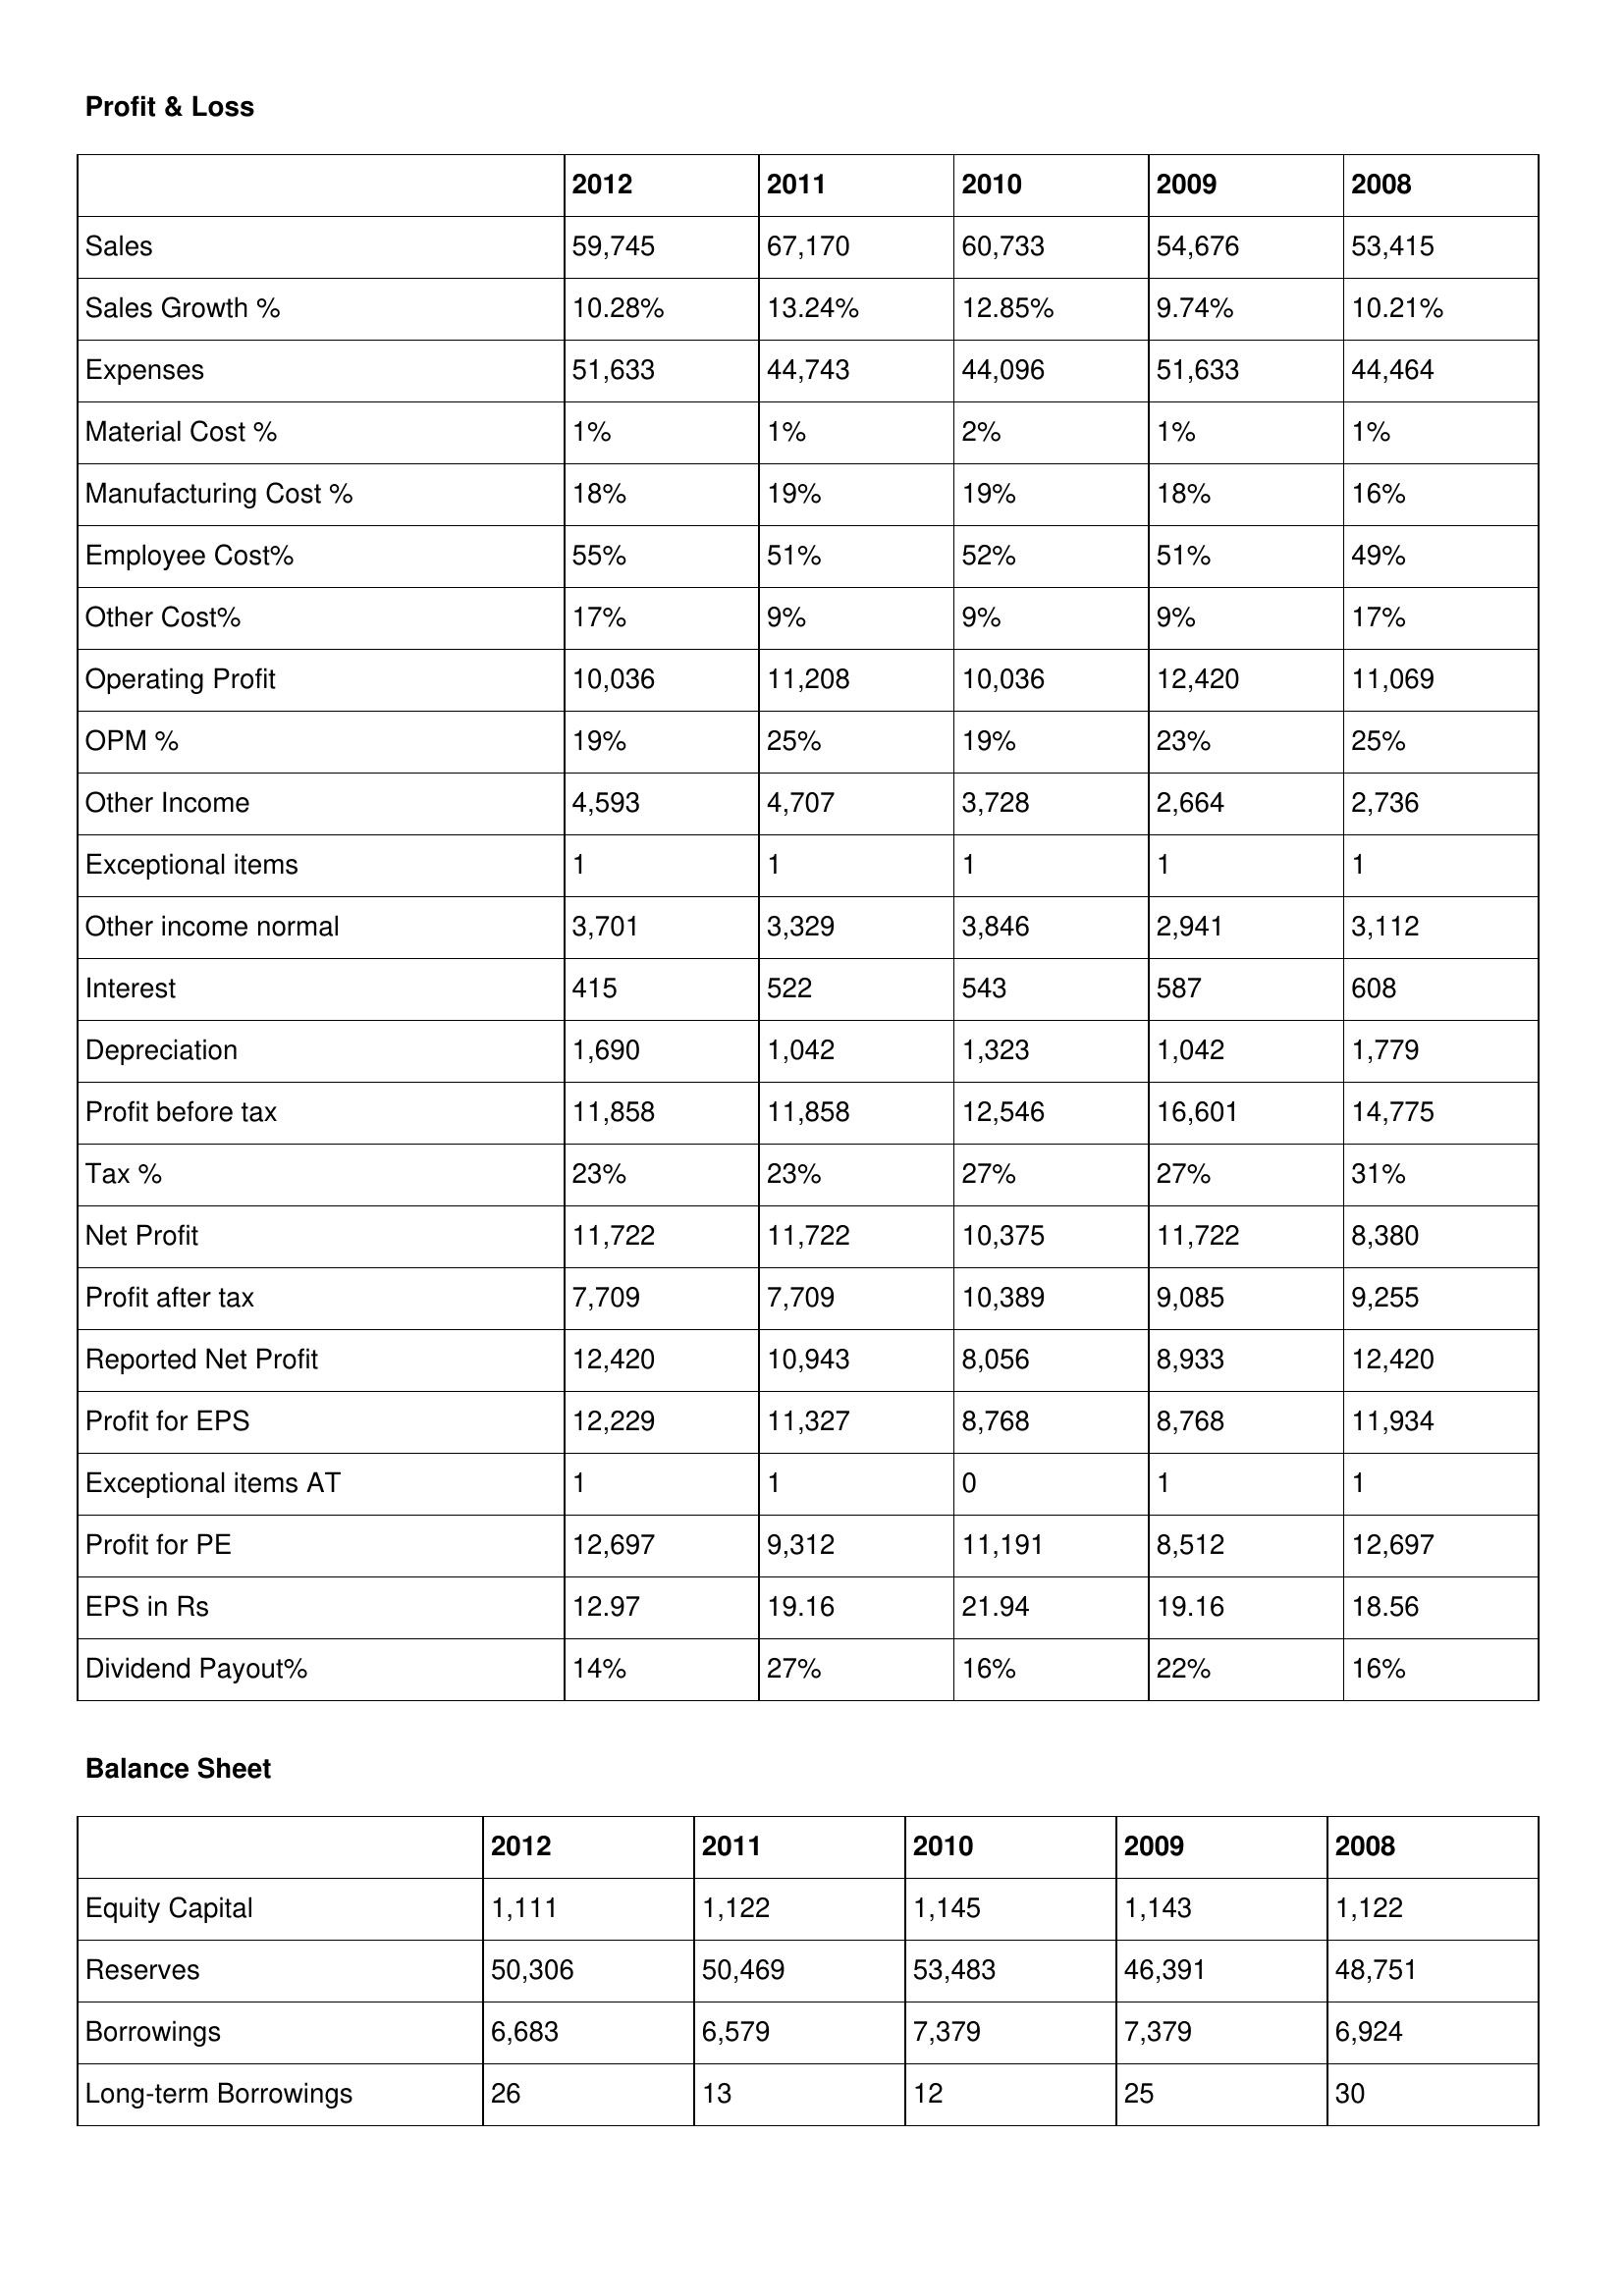
gt_parse: 2012: Profit & Loss: Sales: 59,745
Sales Growth %: 10.28%
Expenses: 51,633
Material Cost %: 1%
Manufacturing Cost %: 18%
Employee Cost%: 55%
Other Cost%: 17%
Operating Profit: 10,036
OPM %: 19%
Other Income: 4,593
Exceptional items: 1
Other income normal: 3,701
Interest: 415
Depreciation: 1,690
Profit before tax: 11,858
Tax %: 23%
Net Profit: 11,722
Profit after tax: 7,709
Reported Net Profit: 12,420
Profit for EPS: 12,229
Exceptional items AT: 1
Profit for PE: 12,697
EPS in Rs: 12.97
Dividend Payout%: 14%
Balance Sheet: Equity Capital: 1,111
Reserves: 50,306
Borrowings: 6,683
Long-term Borrowings: 26
2011: Profit & Loss: Sales: 67,170
Sales Growth %: 13.24%
Expenses: 44,743
Material Cost %: 1%
Manufacturing Cost %: 19%
Employee Cost%: 51%
Other Cost%: 9%
Operating Profit: 11,208
OPM %: 25%
Other Income: 4,707
Exceptional items: 1
Other income normal: 3,329
Interest: 522
Depreciation: 1,042
Profit before tax: 11,858
Tax %: 23%
Net Profit: 11,722
Profit after tax: 7,709
Reported Net Profit: 10,943
Profit for EPS: 11,327
Exceptional items AT: 1
Profit for PE: 9,312
EPS in Rs: 19.16
Dividend Payout%: 27%
Balance Sheet: Equity Capital: 1,122
Reserves: 50,469
Borrowings: 6,579
Long-term Borrowings: 13
2010: Profit & Loss: Sales: 60,733
Sales Growth %: 12.85%
Expenses: 44,096
Material Cost %: 2%
Manufacturing Cost %: 19%
Employee Cost%: 52%
Other Cost%: 9%
Operating Profit: 10,036
OPM %: 19%
Other Income: 3,728
Exceptional items: 1
Other income normal: 3,846
Interest: 543
Depreciation: 1,323
Profit before tax: 12,546
Tax %: 27%
Net Profit: 10,375
Profit after tax: 10,389
Reported Net Profit: 8,056
Profit for EPS: 8,768
Exceptional items AT: 0
Profit for PE: 11,191
EPS in Rs: 21.94
Dividend Payout%: 16%
Balance Sheet: Equity Capital: 1,145
Reserves: 53,483
Borrowings: 7,379
Long-term Borrowings: 12
2009: Profit & Loss: Sales: 54,676
Sales Growth %: 9.74%
Expenses: 51,633
Material Cost %: 1%
Manufacturing Cost %: 18%
Employee Cost%: 51%
Other Cost%: 9%
Operating Profit: 12,420
OPM %: 23%
Other Income: 2,664
Exceptional items: 1
Other income normal: 2,941
Interest: 587
Depreciation: 1,042
Profit before tax: 16,601
Tax %: 27%
Net Profit: 11,722
Profit after tax: 9,085
Reported Net Profit: 8,933
Profit for EPS: 8,768
Exceptional items AT: 1
Profit for PE: 8,512
EPS in Rs: 19.16
Dividend Payout%: 22%
Balance Sheet: Equity Capital: 1,143
Reserves: 46,391
Borrowings: 7,379
Long-term Borrowings: 25
2008: Profit & Loss: Sales: 53,415
Sales Growth %: 10.21%
Expenses: 44,464
Material Cost %: 1%
Manufacturing Cost %: 16%
Employee Cost%: 49%
Other Cost%: 17%
Operating Profit: 11,069
OPM %: 25%
Other Income: 2,736
Exceptional items: 1
Other income normal: 3,112
Interest: 608
Depreciation: 1,779
Profit before tax: 14,775
Tax %: 31%
Net Profit: 8,380
Profit after tax: 9,255
Reported Net Profit: 12,420
Profit for EPS: 11,934
Exceptional items AT: 1
Profit for PE: 12,697
EPS in Rs: 18.56
Dividend Payout%: 16%
Balance Sheet: Equity Capital: 1,122
Reserves: 48,751
Borrowings: 6,924
Long-term Borrowings: 30